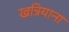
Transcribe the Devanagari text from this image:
खत्रियाना